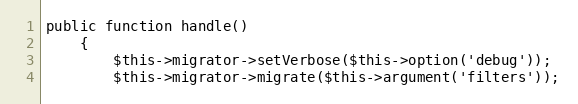
Language: PHP
public function handle()
    {
        $this->migrator->setVerbose($this->option('debug'));
        $this->migrator->migrate($this->argument('filters'));